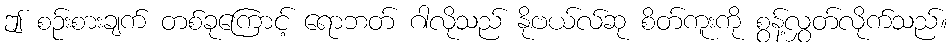
ဤ စဉ်းစားချက် တစ်ခုကြောင့် ရောဘတ် ဂါလိုသည် နိုဗယ်လ်ဆု စိတ်ကူးကို စွန့်လွှတ်လိုက်သည်။